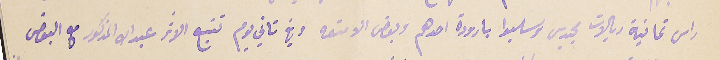
راس ثمانية ريالات مجيدى وسلبوا بارودة احدهم وبعض الامتعه وفي ثاني يوم تتبع الاثر عبدالله المذكور مع البعض